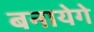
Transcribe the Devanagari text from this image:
बनायेगे